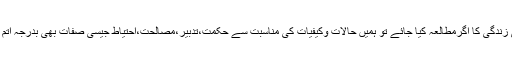
آپﷺ کی زندگی کا اگرمطالعہ کیا جائے تو ہمیں حالات وکیفیات کی مناسبت سے حکمت،تدبیر،مصالحت،احتیاط جیسی صفات بھی بدرجہ اتم ملتی ہیں۔